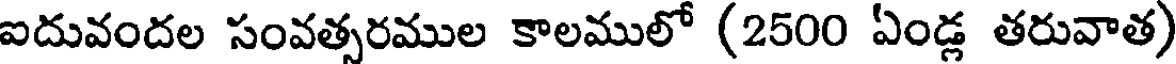
ఐదువందల సంవత్సరముల కాలములో (2500 ఏండ్ల తరువాత)